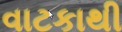
વાટકાથી